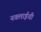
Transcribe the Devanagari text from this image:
नवलाईची